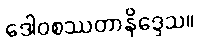
ဒေါဝစဿတာနိဒ္ဒေသ။